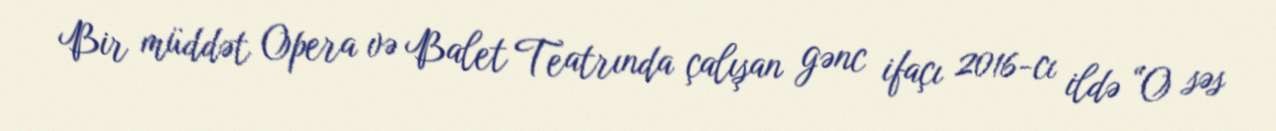
Bir müddət Opera və Balet Teatrında çalışan gənc ifaçı 2016-cı ildə “O səs